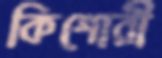
কিশোরী